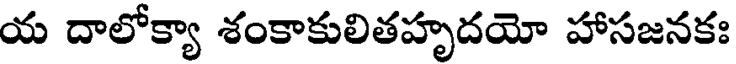
య దాలోక్యా శంకాకులితహృదయో హాసజనకః